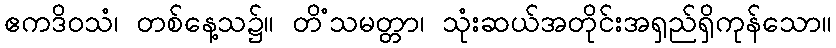
ဧကဒိဝသံ၊ တစ်နေ့သ၌။ တိံသမတ္တာ၊ သုံးဆယ်အတိုင်းအရှည်ရှိကုန်သော။